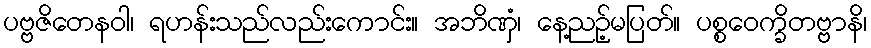
ပဗ္ဗဇိတေနဝါ၊ ရဟန်းသည်လည်းကောင်း။ အဘိဏှံ၊ နေ့ညဉ့်မပြတ်။ ပစ္စဝေက္ခိတဗ္ဗာနိ၊